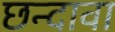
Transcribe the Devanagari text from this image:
छन्दावा